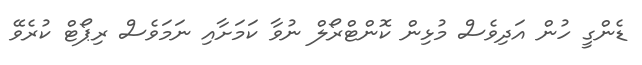
ޑެންގީ ހުން އަދިވެސް މުޅިން ކޮންޓްރޯލް ނުވާ ކަމަށާއި ނަމަވެސް ރިޕޯޓް ކުރެވޭ